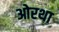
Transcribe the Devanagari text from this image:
ओरथा